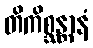
တိကိစ္ဆန္တာနံ